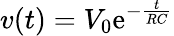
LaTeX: v(t)=V_{0}\mathrm{e}^{-\frac{{t}}{{RC}}}